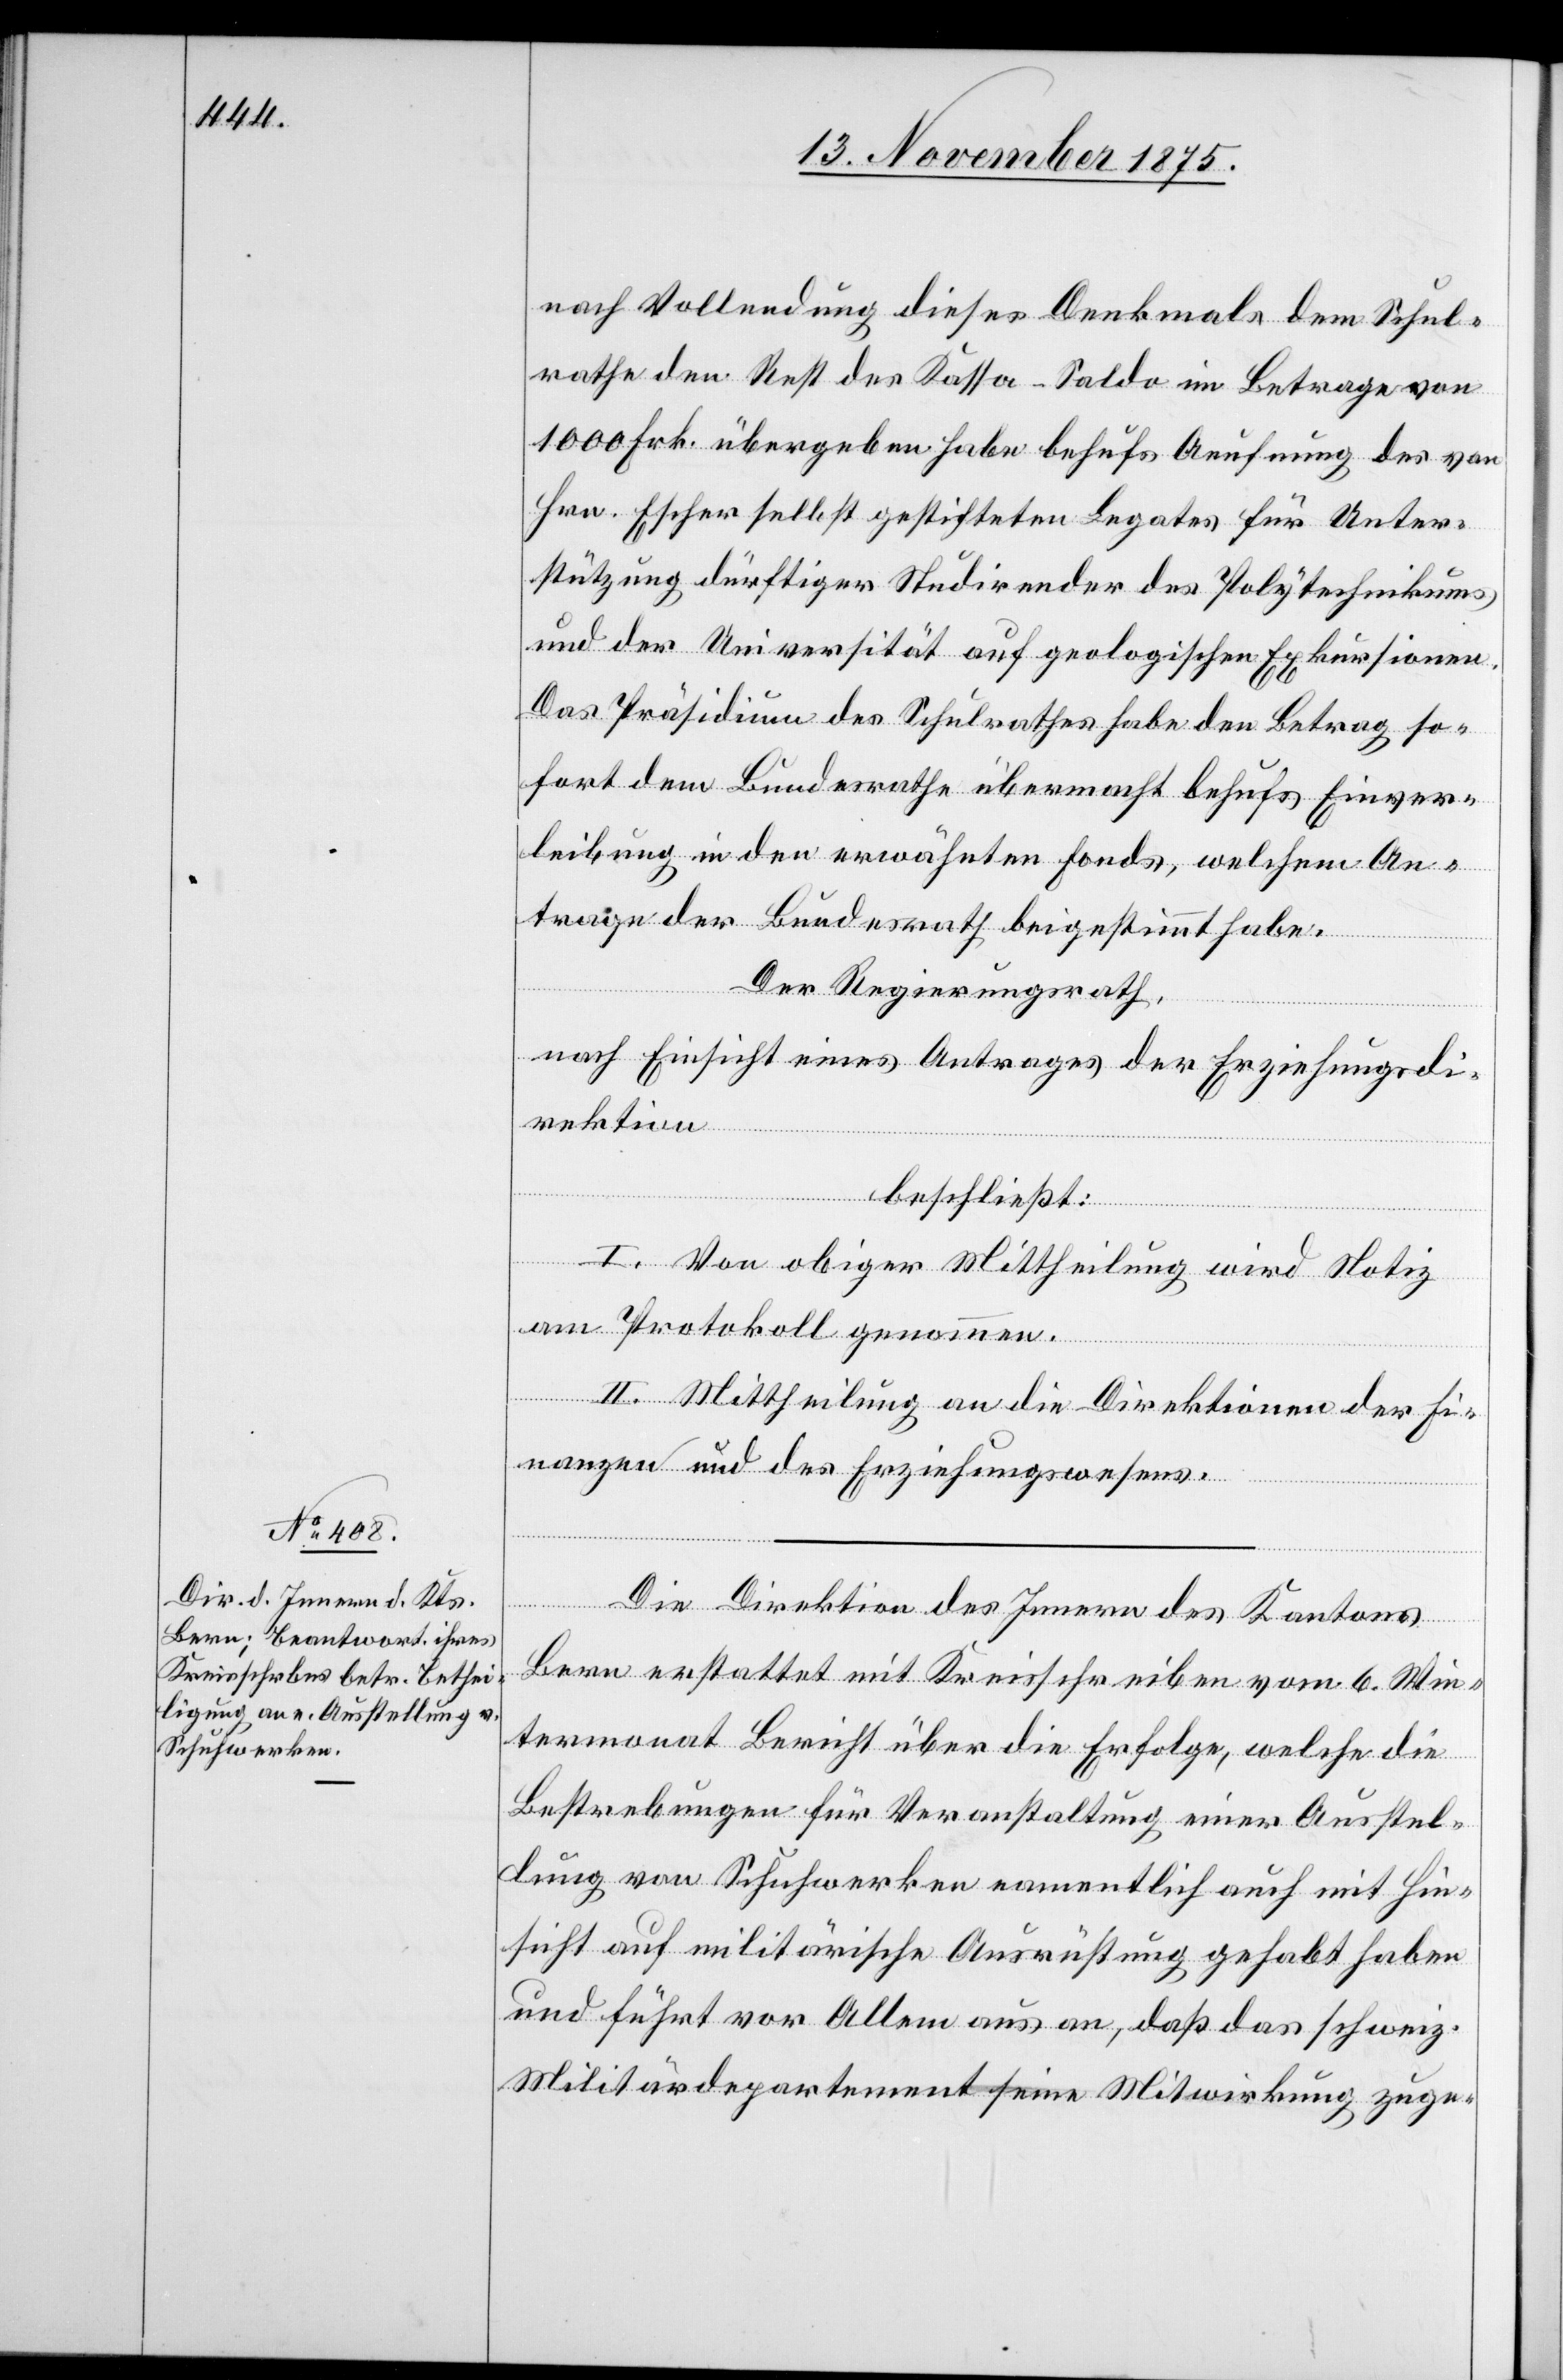
nach Vollendung dieses Denkmals dem Schul¬
rathe den Rest des Kassa-Saldo im Betrage von
1000 Frk. übergeben habe behufs Aeufnung des von
Hrn. Escher selbst geleisteten Legates für Unter¬
stützung dürftiger Studirender des Polytechnikums
und der Universität auf geologischen Exkursionen.
Das Präsidium des Schulrathes habe den Betrag so¬
fort dem Bundesrathe übermacht behufs Einver¬
leibung in den erwähnten Fonds, welchem An¬
trage der Bundesrath beigestimmt habe.
Der Regierungsrath,
nach Einsicht eines Antrages der Erziehungsdi¬
rektion,
beschließt:
I. Von obiger Mittheilung wird Notiz
am Protokoll genommen.
II. Mittheilung an die Direktionen der Fi¬
nanzen und des Erziehungswesens.
Die Direktion des Innern des Kantons
Bern erstattet mit Kreisschreiben vom 6. Win¬
termonat Bericht über die Erfolge, welche die
Bestrebungen für Veranstaltung einer Ausstel¬
lung von Schuhwerken namentlich auch mit Hin¬
sicht auf militärische Ausrüstung gehabt haben
und führt vor Allem auch an, daß das schweiz.
Militärdepartement seine Mitwirkung zuge-